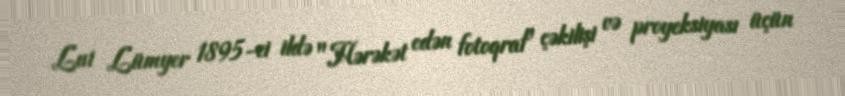
Lui Lümyer 1895-ci ildə "Hərəkət edən fotoqraf" çəkilişi və proyeksiyası üçün